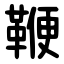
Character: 鞭